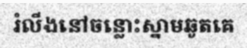
រំលីងនៅចន្លោះស្នាមឆូតគេ